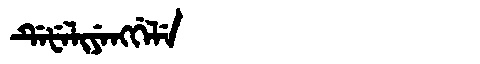
Manchu: ᡩᡝᡶᡝᠯᡳᠶᡝᠩᡤᡝᠯᡝ
Romanization: DEFELIYENGGELE